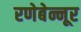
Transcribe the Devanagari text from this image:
रणेबेन्नूर